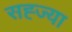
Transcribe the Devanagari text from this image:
सह्ज्या